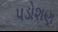
પડોશણ